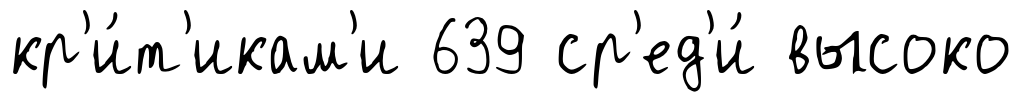
кр'и́т'икам'и 639 ср'ед'и́ высоко